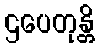
ဌပေတုန္တိ